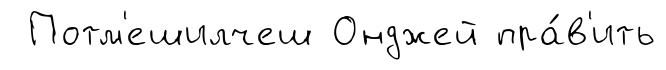
Потм'ешилчеш Онджей пра́в'ить